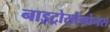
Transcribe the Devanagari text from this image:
नाइट्रोसोमोनस